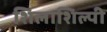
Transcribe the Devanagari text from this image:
शिलाशिल्पी